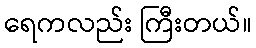
ရေကလည်း ကြီးတယ်။